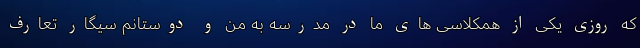
که روزی یکی از همکلاسی های ما در مدرسه به من و دوستانم سیگار تعارف